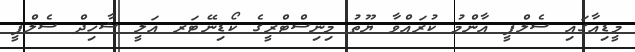
މީޑިއާގައި ސެލްފީ އާންމު ކުރައްވާ ޔޫތު މިނިސްޓްރީގެ ކޯޑިނޭޓަރ އަލީ ޝާހިދް ސެލްފީ